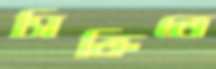
সিক্রিতে